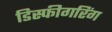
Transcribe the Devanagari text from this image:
डिस्फीगरिंग